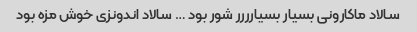
سالاد ماکارونی بسیار بسیارررر شور بود … سالاد اندونزی خوش مزه بود